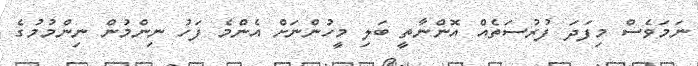
ނަމަވެސް މިފަދަ ފުރުސަތެއް އޮންނާތީ ބަލި މީހުންނަށް އެންމެ ފަހު ނިންމުން ނިންމުމުގެ